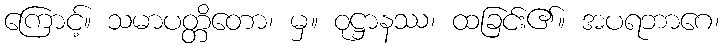
ကြောင့်။ သမာပတ္တိတော၊ မှ။ ဝုဋ္ဌာနဿ၊ ထခြင်း၏။ အပရဘာဂေ၊